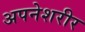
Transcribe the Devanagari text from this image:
अपनेशरीर